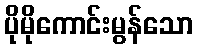
ပိုမိုကောင်းမွန်သော